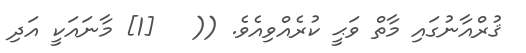
ޤުރްއާނުގައި މާތް ވަޙީ ކުރެއްވިއެވެ. ((   [1] މާނައަކީ އަދި